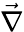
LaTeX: \vec{\nabla}